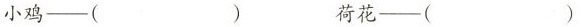
小鸡—（ ）荷花—（ ）